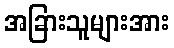
အခြားသူများအား